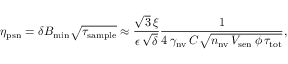
\eta _ { \mathrm { p s n } } = \delta B _ { \mathrm { m i n } } \sqrt { \tau _ { \mathrm { s a m p l e } } } \approx \frac { \sqrt { 3 } \, \xi } { \epsilon \, \sqrt { \delta } } \frac { 1 } { 4 \, \gamma _ { \mathrm { n v } } \, C \sqrt { n _ { \mathrm { n v } } \, V _ { \mathrm { s e n } } \, \phi \, \tau _ { \mathrm { t o t } } } } ,